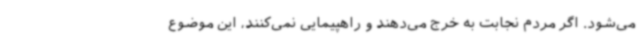
می‌شود. اگر مردم نجابت به خرج می‌دهند و راهپیمایی نمی‌کنند، این موضوع